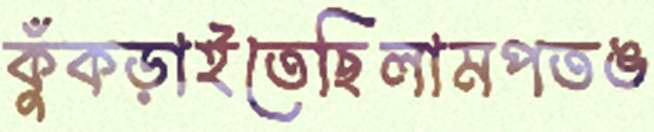
কুঁকড়াইতেছিলামপতঙ